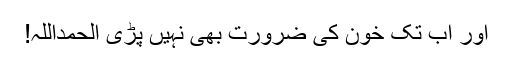
اور اب تک خون کی ضرورت بھی نہیں پڑی الحمداللہ!